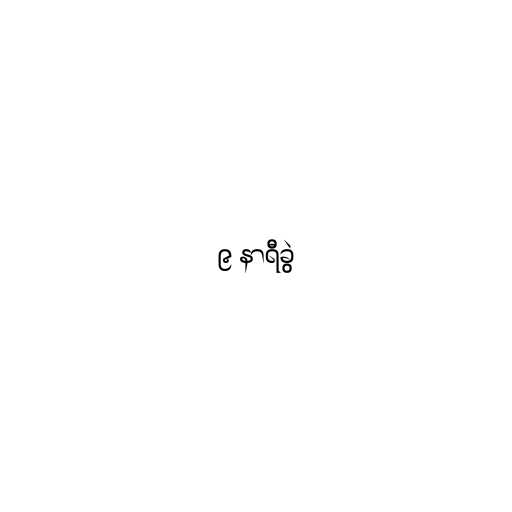
၉ နာရီခွဲ